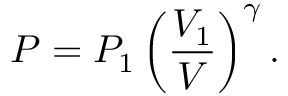
P = P _ { 1 } \left( { \frac { V _ { 1 } } { V } } \right) ^ { \gamma } .